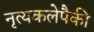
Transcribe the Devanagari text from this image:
नृत्यकलेपैकी